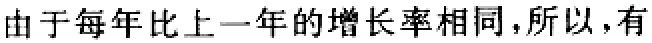
由于每年比上一年的增长率相同,所以,有